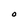
Character: 0